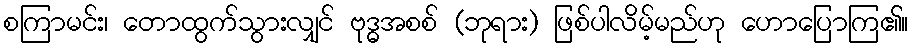
စကြာမင်း၊ တောထွက်သွားလျှင် ဗုဒ္ဓအစစ် (ဘုရား) ဖြစ်ပါလိမ့်မည်ဟု ဟောပြောကြ၏။